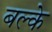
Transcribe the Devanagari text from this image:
बल्के